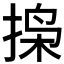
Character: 𫽐